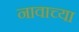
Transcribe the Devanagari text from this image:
नावाच्‍या